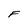
Character: F